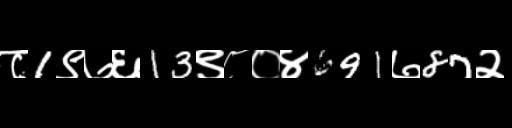
Text: ८1९७६13९८०४691७87२